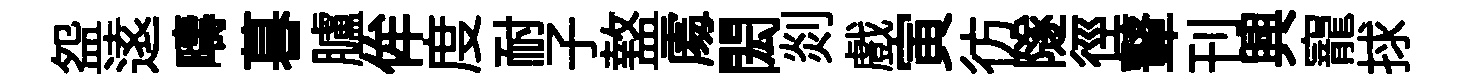
盌逺疇暮臚侔度耐子盩𠁅閎剡戲寅彷隧徑鼙刊興寵捄